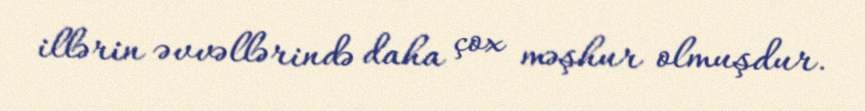
illərin əvvəllərində daha çox məşhur olmuşdur.